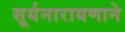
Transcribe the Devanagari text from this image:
सूर्यनारायणाने